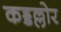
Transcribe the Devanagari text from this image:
कड्डल्लोर